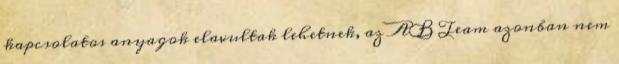
kapcsolatos anyagok elavultak lehetnek, az AB Team azonban nem